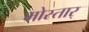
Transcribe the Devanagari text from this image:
मोस्तार्